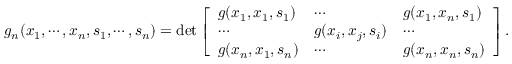
\begin{array} { r } { g _ { n } ( x _ { 1 } , \cdots , x _ { n } , s _ { 1 } , \cdots , s _ { n } ) = \mathrm { d e t } \left[ \begin{array} { l l l } { g ( x _ { 1 } , x _ { 1 } , s _ { 1 } ) } & { \cdots } & { g ( x _ { 1 } , x _ { n } , s _ { 1 } ) } \\ { \cdots } & { g ( x _ { i } , x _ { j } , s _ { i } ) } & { \cdots } \\ { g ( x _ { n } , x _ { 1 } , s _ { n } ) } & { \cdots } & { g ( x _ { n } , x _ { n } , s _ { n } ) } \end{array} \right] . } \end{array}